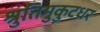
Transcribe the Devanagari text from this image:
श्रुतिमुकुटधर